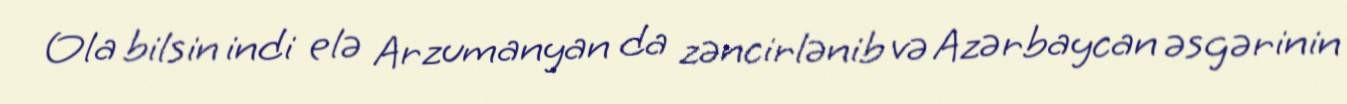
Ola bilsin indi elə Arzumanyan da zəncirlənib və Azərbaycan əsgərinin